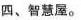
四、智慧屋。